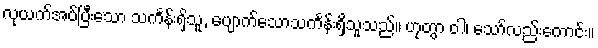
လုယက်အပ်ပြီးသော သင်္ကန်းရှိသူ, ပျောက်သောသင်္ကန်းရှိသူသည်။ ဟုတွာ ဝါ၊ သော်လည်းကောင်း။